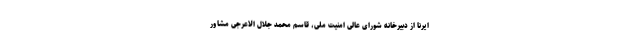
ایرنا از دبیرخانه شورای عالی امنیت ملی، قاسم محمد جلال الاعرجی مشاور